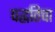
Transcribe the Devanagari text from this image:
पद्धतिचा